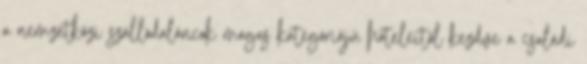
a nemzetközi szállodaláncok magas kategóriájú hoteleitől kezdve a családi